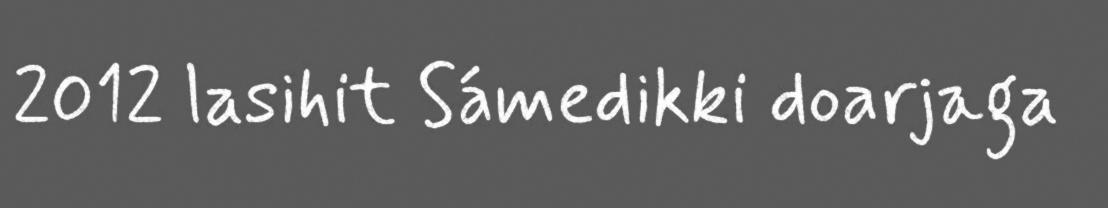
2012 lasihit Sámedikki doarjaga